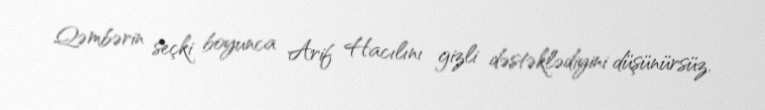
Qəmbərin seçki boyunca Arif Hacılını gizli dəstəklədiyini düşünürsüz.